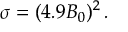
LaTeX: \sigma = ( 4 . 9 B _ { 0 } ) ^ { 2 } \, .